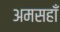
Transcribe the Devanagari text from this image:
अमसहाँ